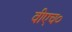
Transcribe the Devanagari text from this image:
वीएच०